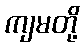
ကျမတို့